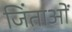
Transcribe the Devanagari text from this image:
जिंताओं